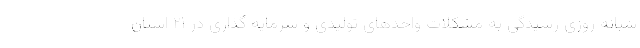
شبانه روزی رسیدگی به مشکلات واحدهای تولیدی و سرمایه گذاری در ۲۱ استان